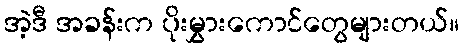
အဲ့ဒီ အခန်းက ပိုးမွှားကောင်တွေများတယ်။